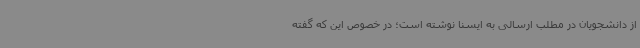
از دانشجویان در مطلب ارسالی به ایسنا نوشته است؛ در خصوص این که گفته